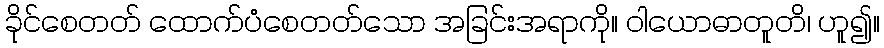
ခိုင်စေတတ် ထောက်ပံစေတတ်သော အခြင်းအရာကို။ ဝါယောဓာတူတိ၊ ဟူ၍။